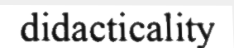
didacticality